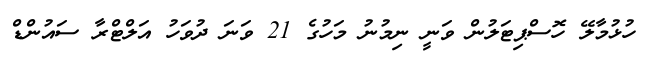
ހުޅުމާލޭ ހޮސްޕިޓަލުން ވަނީ ނިމުނު މަހުގެ 21 ވަނަ ދުވަހު އަލްޓްރާ ސައުންޑް